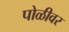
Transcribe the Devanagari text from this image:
पोळीवर